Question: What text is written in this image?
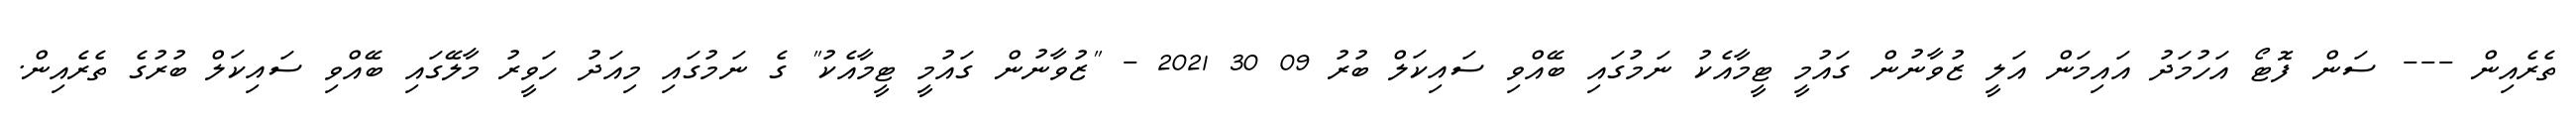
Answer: ތެރެއިން --- ސަން ފޮޓޯ އަހުމަދު އައިމަން އަލީ ޒުވާނުން ގައުމީ ޓީމާއެކު ނަމުގައި ބޭއްވި ސައިކަލް ބުރު 09 30 2021 - "ޒުވާނުން ގައުމީ ޓީމާއެކު" ގެ ނަމުގައި މިއަދު ހަވީރު މާލޭގައި ބޭއްވި ސައިކަލް ބުރުގެ ތެރެއިން.